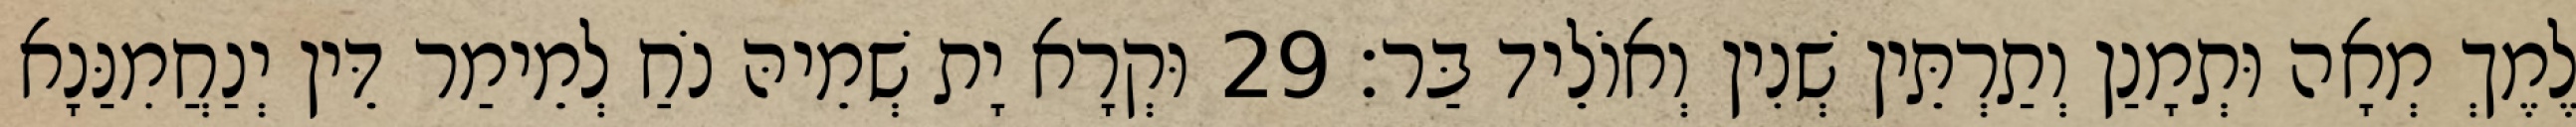
לֶמֶךְ מְאָה וּתְמָנַן וְתַרְתֵּין שְׁנִין וְאוֹלֵיד בַּר׃ 29 וּקְרָא יָת שְׁמֵיהּ נֹחַ לְמֵימַר דֵּין יְנַחֲמִנַּנָא